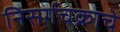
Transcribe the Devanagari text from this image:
निसर्गचक्राचे